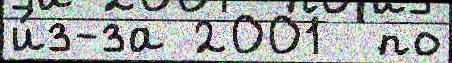
и́з-за 2001  по